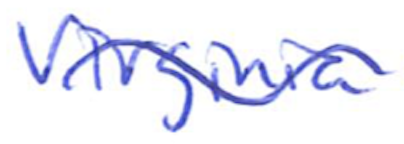
Text: Virginia
Cross-out: wave
Writing tool: ballpoint